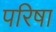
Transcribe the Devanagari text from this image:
परिषा